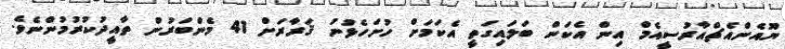
ޔޫއެންއެޗްއާރުސީއެމް އިން އެކަން ބަލައިގަތީ އެކަމަށް ހުށަހެޅުނު ޤަރާރަށް 41 މެންބަރުން ތާއީދުކުރުމުންނެވެ.